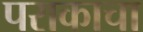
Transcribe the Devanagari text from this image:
पराकाचा